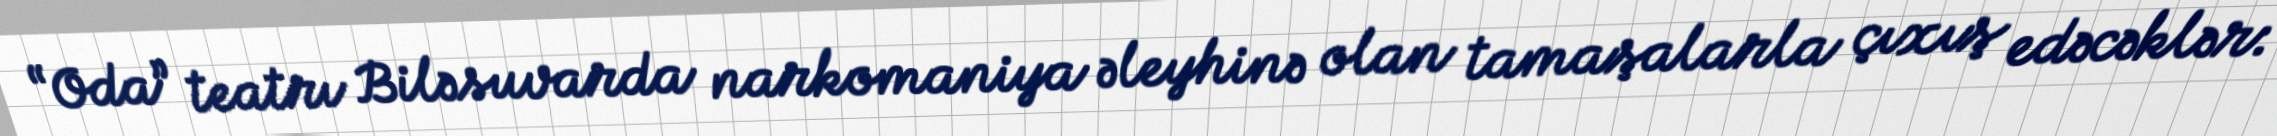
“Oda” teatrı Biləsuvarda narkomaniya əleyhinə olan tamaşalarla çıxış edəcəklər: